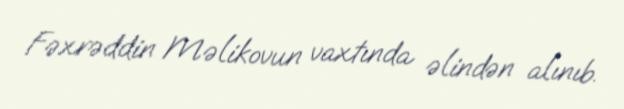
Fəxrəddin Məlikovun vaxtında əlindən alınıb.